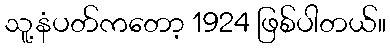
သူ့နံပတ်ကတော့ 1924 ဖြစ်ပါတယ်။